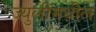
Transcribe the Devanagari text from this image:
ज्युलीमधील